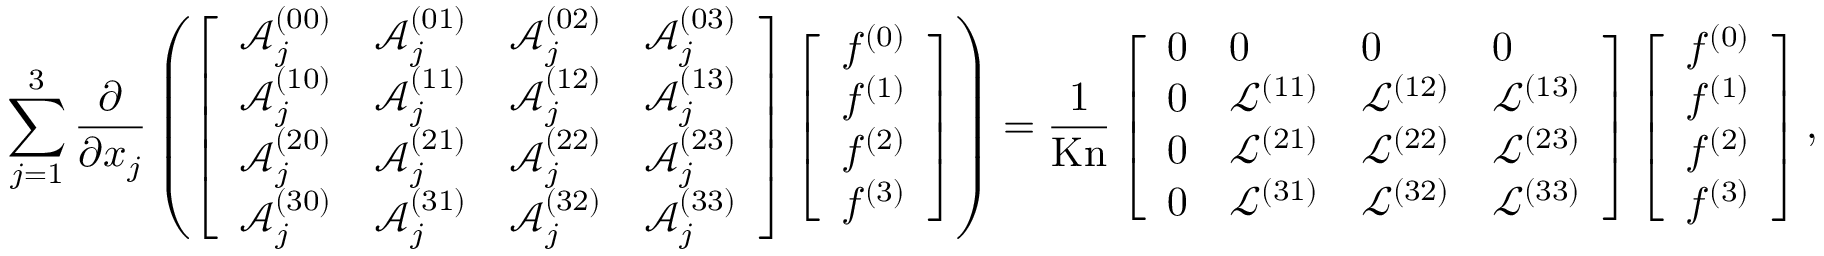
\sum _ { j = 1 } ^ { 3 } \frac { \partial } { \partial x _ { j } } \left( \left[ \begin{array} { l l l l } { \mathcal { A } _ { j } ^ { ( 0 0 ) } } & { \mathcal { A } _ { j } ^ { ( 0 1 ) } } & { \mathcal { A } _ { j } ^ { ( 0 2 ) } } & { \mathcal { A } _ { j } ^ { ( 0 3 ) } } \\ { \mathcal { A } _ { j } ^ { ( 1 0 ) } } & { \mathcal { A } _ { j } ^ { ( 1 1 ) } } & { \mathcal { A } _ { j } ^ { ( 1 2 ) } } & { \mathcal { A } _ { j } ^ { ( 1 3 ) } } \\ { \mathcal { A } _ { j } ^ { ( 2 0 ) } } & { \mathcal { A } _ { j } ^ { ( 2 1 ) } } & { \mathcal { A } _ { j } ^ { ( 2 2 ) } } & { \mathcal { A } _ { j } ^ { ( 2 3 ) } } \\ { \mathcal { A } _ { j } ^ { ( 3 0 ) } } & { \mathcal { A } _ { j } ^ { ( 3 1 ) } } & { \mathcal { A } _ { j } ^ { ( 3 2 ) } } & { \mathcal { A } _ { j } ^ { ( 3 3 ) } } \end{array} \right] \left[ \begin{array} { l } { f ^ { ( 0 ) } } \\ { f ^ { ( 1 ) } } \\ { f ^ { ( 2 ) } } \\ { f ^ { ( 3 ) } } \end{array} \right] \right) = \frac { 1 } { \mathrm { K n } } \left[ \begin{array} { l l l l } { 0 } & { 0 } & { 0 } & { 0 } \\ { 0 } & { \mathcal { L } ^ { ( 1 1 ) } } & { \mathcal { L } ^ { ( 1 2 ) } } & { \mathcal { L } ^ { ( 1 3 ) } } \\ { 0 } & { \mathcal { L } ^ { ( 2 1 ) } } & { \mathcal { L } ^ { ( 2 2 ) } } & { \mathcal { L } ^ { ( 2 3 ) } } \\ { 0 } & { \mathcal { L } ^ { ( 3 1 ) } } & { \mathcal { L } ^ { ( 3 2 ) } } & { \mathcal { L } ^ { ( 3 3 ) } } \end{array} \right] \left[ \begin{array} { l } { f ^ { ( 0 ) } } \\ { f ^ { ( 1 ) } } \\ { f ^ { ( 2 ) } } \\ { f ^ { ( 3 ) } } \end{array} \right] ,